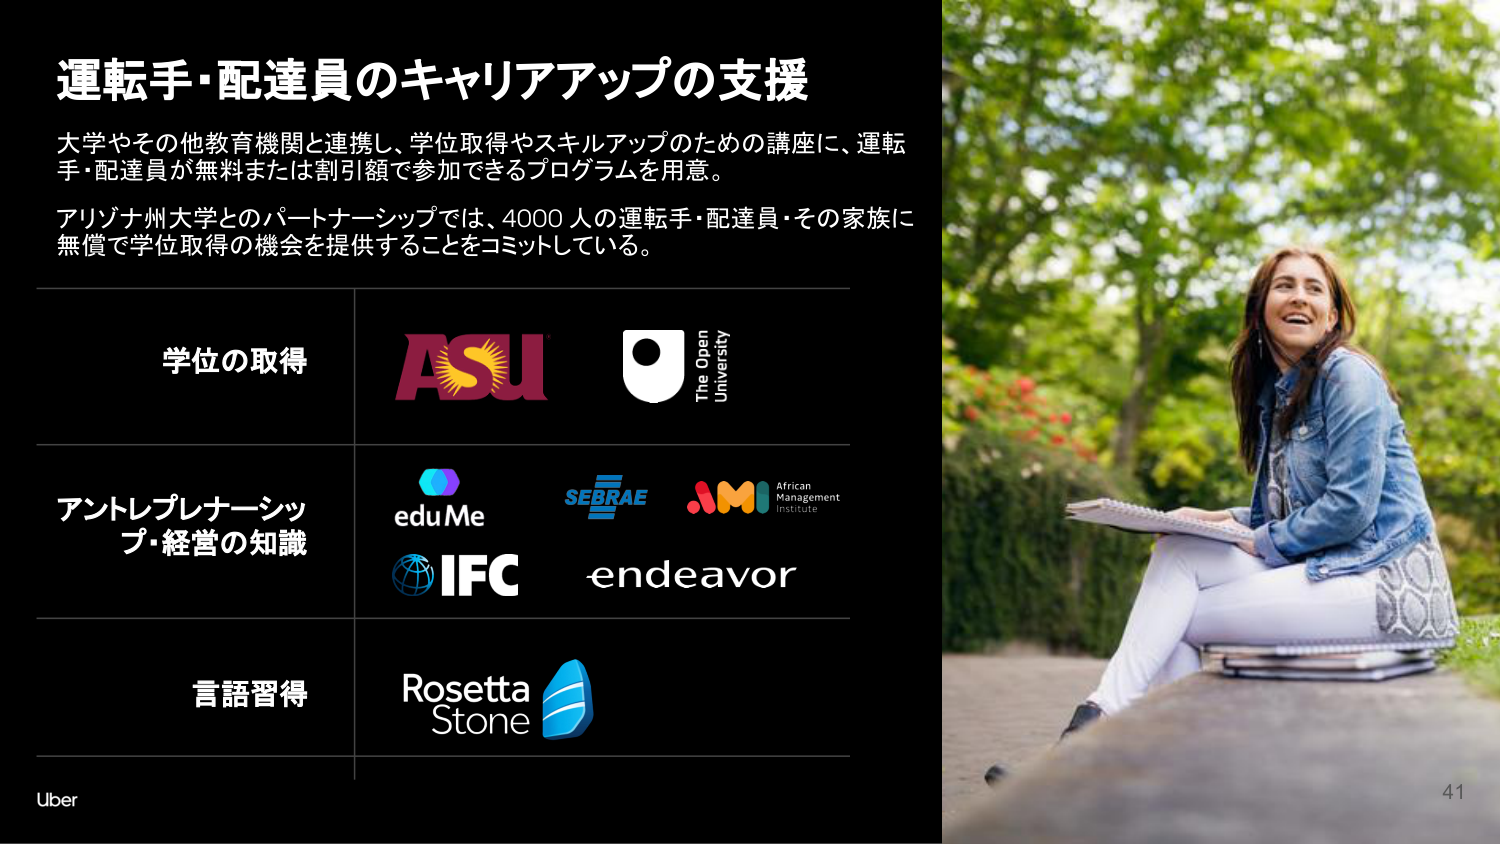
運転手・配達員のキャリアアップの支援

大学やその他教育機関と連携し、学位取得やスキルアップのための講座に、運転手・配達員が無料または割引額で参加できるプログラムを用意。

アリゾナ州大学とのパートナーシップでは、4000人の運転手・配達員・その家族に無償で学位取得の機会を提供することをコミットしている。

学位の取得
ASU
The Open University

アントレプレナーシップ・経営の知識
eduMe
SEBRAE
AMI African Management Institute
IFC
endeavor

言語習得
Rosetta Stone

Uber
41